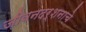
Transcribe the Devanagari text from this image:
जीवनदर्शनाचे